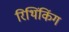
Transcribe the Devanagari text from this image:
रिथिंकिंग